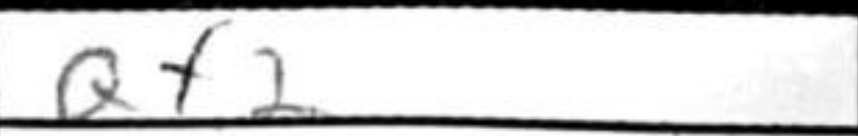
Transcription: Qf2